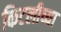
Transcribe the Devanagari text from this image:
किटलीच्या